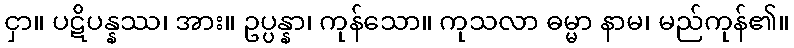
ငှာ။ ပဋိပန္နဿ၊ အား။ ဥပ္ပန္နာ၊ ကုန်သော။ ကုသလာ ဓမ္မာ နာမ၊ မည်ကုန်၏။